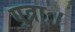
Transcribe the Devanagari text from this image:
पुत्राः।